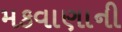
મકવાણાની